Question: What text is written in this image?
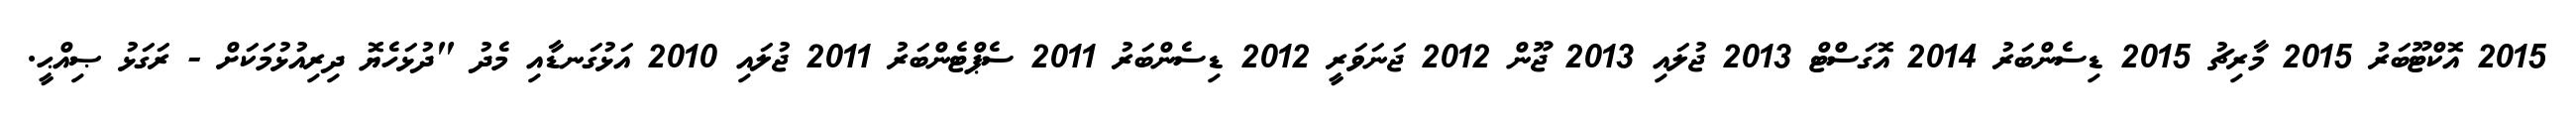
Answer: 2015 އޮކްޓޫބަރު 2015 މާރިޗު 2015 ޑިސެންބަރު 2014 އޮގަސްޓް 2013 ޖުލައި 2013 ޖޫން 2012 ޖަނަވަރީ 2012 ޑިސެންބަރު 2011 ސެޕްޓެންބަރު 2011 ޖުލައި 2010 އަޅުގަނޑާއި މެދު "ދުޅަހެޔޮ ދިރިއުޅުމަކަށް - ރަގަޅު ޞިއްޙީ.